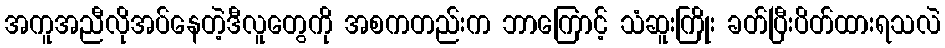
အကူအညီလိုအပ်နေတဲ့ဒီလူတွေကို အစကတည်းက ဘာကြောင့် သံဆူးကြိုး ခတ်ပြီးပိတ်ထားရသလဲ